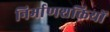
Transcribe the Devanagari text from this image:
निर्माणशक्तियों